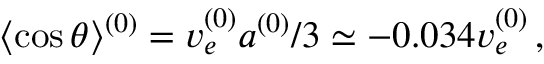
\langle \cos \theta \rangle ^ { ( 0 ) } = v _ { e } ^ { ( 0 ) } a ^ { ( 0 ) } / 3 \simeq - 0 . 0 3 4 v _ { e } ^ { ( 0 ) } \, ,